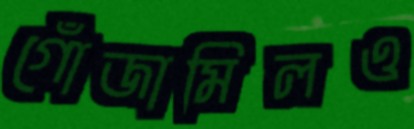
গোঁজামিলও